Annual report on the mental hospital in the Central Provinces and Berar (Nagpur) - 1927-1951
Year: 1927
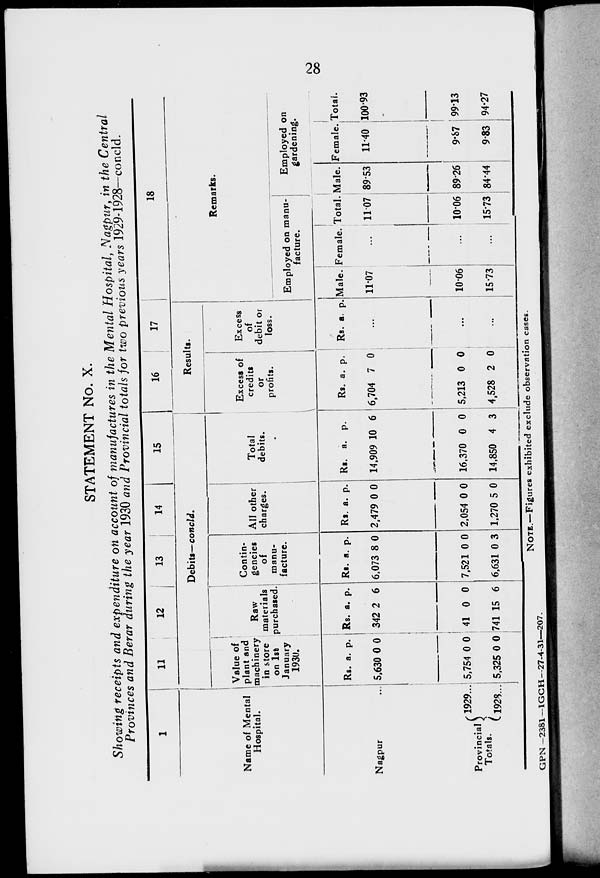
28
STATEMENT No. X.
Showing receipts and expenditure on account of manufactures in the Mental Hospital, Nagpur, in the Central
Provinces and Berar during the year 1930 and Provincial totals for two previous years 1929-1928—concld.
1
Name of Mental
Hospital.
Nagpur
...
Provincial
Totals.
1929 ...
1928 ...
11
12
13
14
Debits— concld.
Value of
plant and
machinery
in store
on 1st
January
1930.
Rs.
5,630
5,754
5,325
a.
0
0
0
p.
0
0
0
Raw
materials
purchased.
Rs.
342
41
741
a.
2
0
15
p.
6
0
6
Contin-
gencies
of
manu-
facture.
Rs.
6,073
7,521
6,631
a.
8
0
0
p.
0
0
3
All other
charges.
Rs.
2,479
2,054
1,270
a.
0
0
5
p.
0
0
0
15
Total
debits.
Rs.
14,909
16,370
14,850
a.
10
0
4
p.
6
0
3l
16
17
Results.
Excess of
credits
or
profits.
Rs.
6,704
5,213
4,528
a.
7
0
2
p.
0
0
0
Excess
of
debit or
loss.
Rs. a. p.
...
...
...
18
Remarks.
Employed on manu-
facture.
Male.
11.07
10.06
15.73
Female.
...
...
...
Total.
11.07
10.06
15.73
Employed on
gardening.
Male.
89.53
89.26
84.44
Female.
11.40
9.87
9.83
Total.
100.93
99.13
94.27
GPN -2381— IGCH—27-4-31—207.
NOTE.—Figures exhibited exclude observation cases.